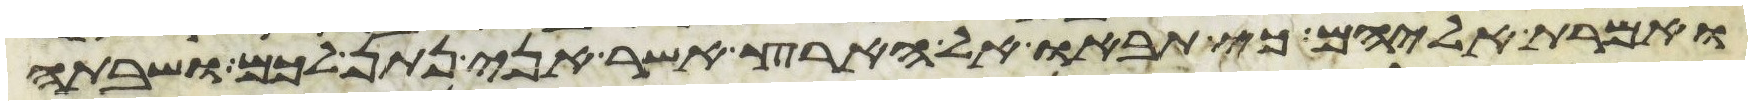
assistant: ואמרת אליהם כי תבאו אל הארץ אשר אני נתן לכם ושבתה